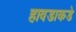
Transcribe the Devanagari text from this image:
हावडाकडे